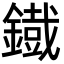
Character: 鐡